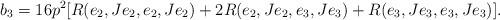
LaTeX: \begin{align*} b_3 = 16p^2[R(e_2, Je_2, e_2, Je_2) + 2R(e_2, Je_2, e_3, Je_3) + R(e_3, Je_3, e_3, Je_3)].\end{align*}